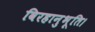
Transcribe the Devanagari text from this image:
विरहानुभूति।